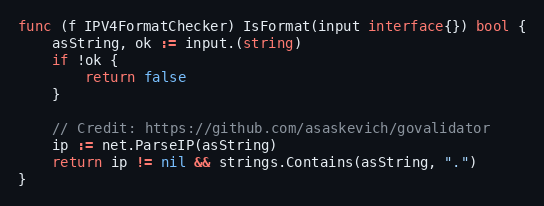
Language: Go
func (f IPV4FormatChecker) IsFormat(input interface{}) bool {
	asString, ok := input.(string)
	if !ok {
		return false
	}

	// Credit: https://github.com/asaskevich/govalidator
	ip := net.ParseIP(asString)
	return ip != nil && strings.Contains(asString, ".")
}